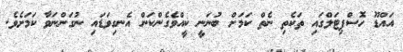
އައްޑޫ ހޮސްޕިޓަލްގައި ތަކެތި ނެތް ކަމަށް ބުނަނީ ކީއްވެގެންކަން އެނގިވަޑައި ނުގަންނަވާ ކަމަށެވެ.